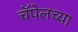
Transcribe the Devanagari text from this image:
चॅपेलच्या